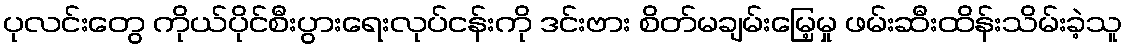
ပုလင်းတွေ ကိုယ်ပိုင်စီးပွားရေးလုပ်ငန်းကို ဒင်းဗား စိတ်မချမ်းမြေ့မှု ဖမ်းဆီးထိန်းသိမ်းခဲ့သူ